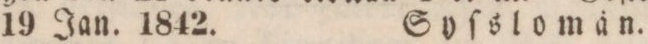
19 Jan. 1842.    Syſslomän.